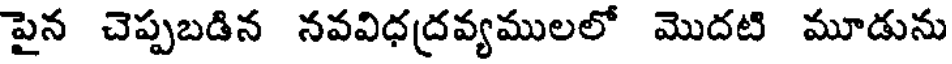
పైన చెప్పబడిన నవవిధద్రవ్యములలో మొదటి మూడును